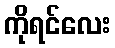
ကိုရင်လေး